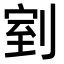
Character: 𭃸